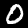
Digit: 0